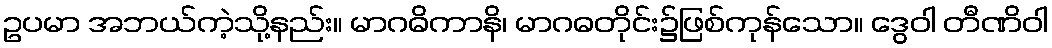
ဥပမာ အဘယ်ကဲ့သို့နည်း။ မာဂဓိကာနိ၊ မာဂဓတိုင်း၌ဖြစ်ကုန်သော။ ဒွေဝါ တီဏိဝါ